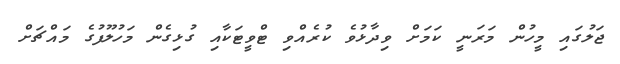
ޖަލުގައި މީހުން މަރަނީ ކަމަށް ވިދާޅުވެ ކުރެއްވި ޓްވީޓަކާއި ގުޅިގެން މަހުލޫފުގެ މައްޗަށް